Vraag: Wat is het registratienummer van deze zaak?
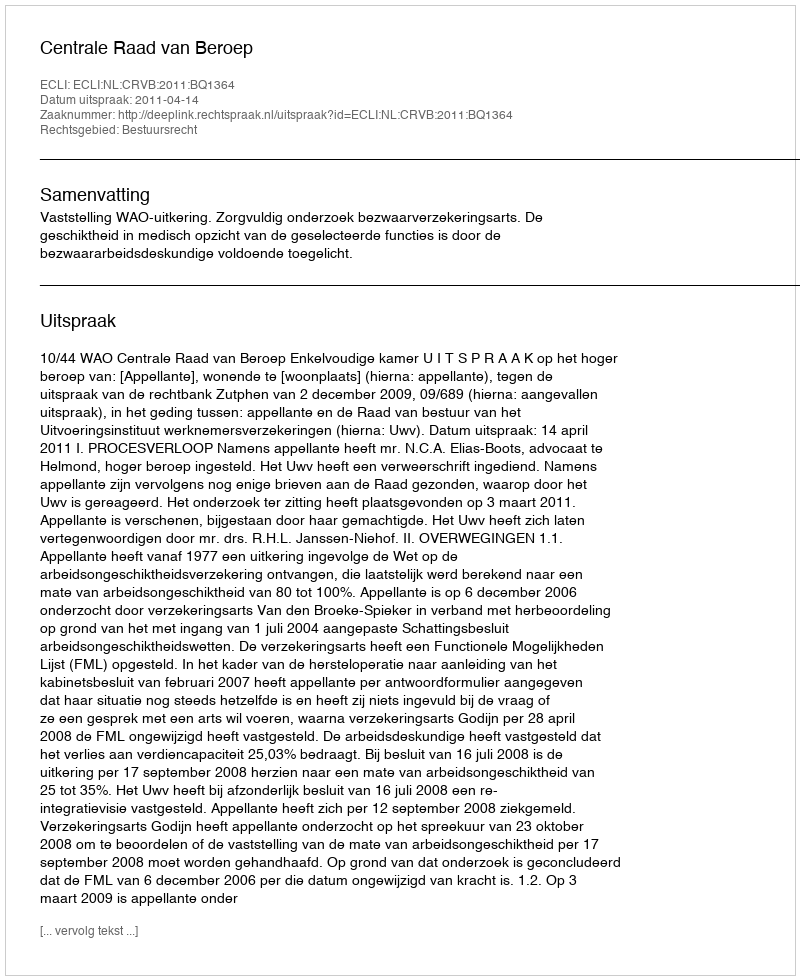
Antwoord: http://deeplink.rechtspraak.nl/uitspraak?id=ECLI:NL:CRVB:2011:BQ1364